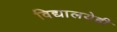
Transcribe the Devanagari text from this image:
विद्यालयेही